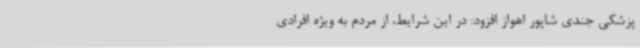
پزشکی جندی شاپور اهواز افزود: در این شرایط، از مردم به ویژه افرادی